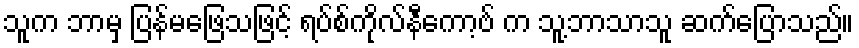
သူက ဘာမှ ပြန်မဖြေသဖြင့် ရပ်စ်ကိုလ်နီကော့ဗ် က သူ့ဘာသာသူ ဆက်ပြောသည်။